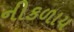
નીકળાય